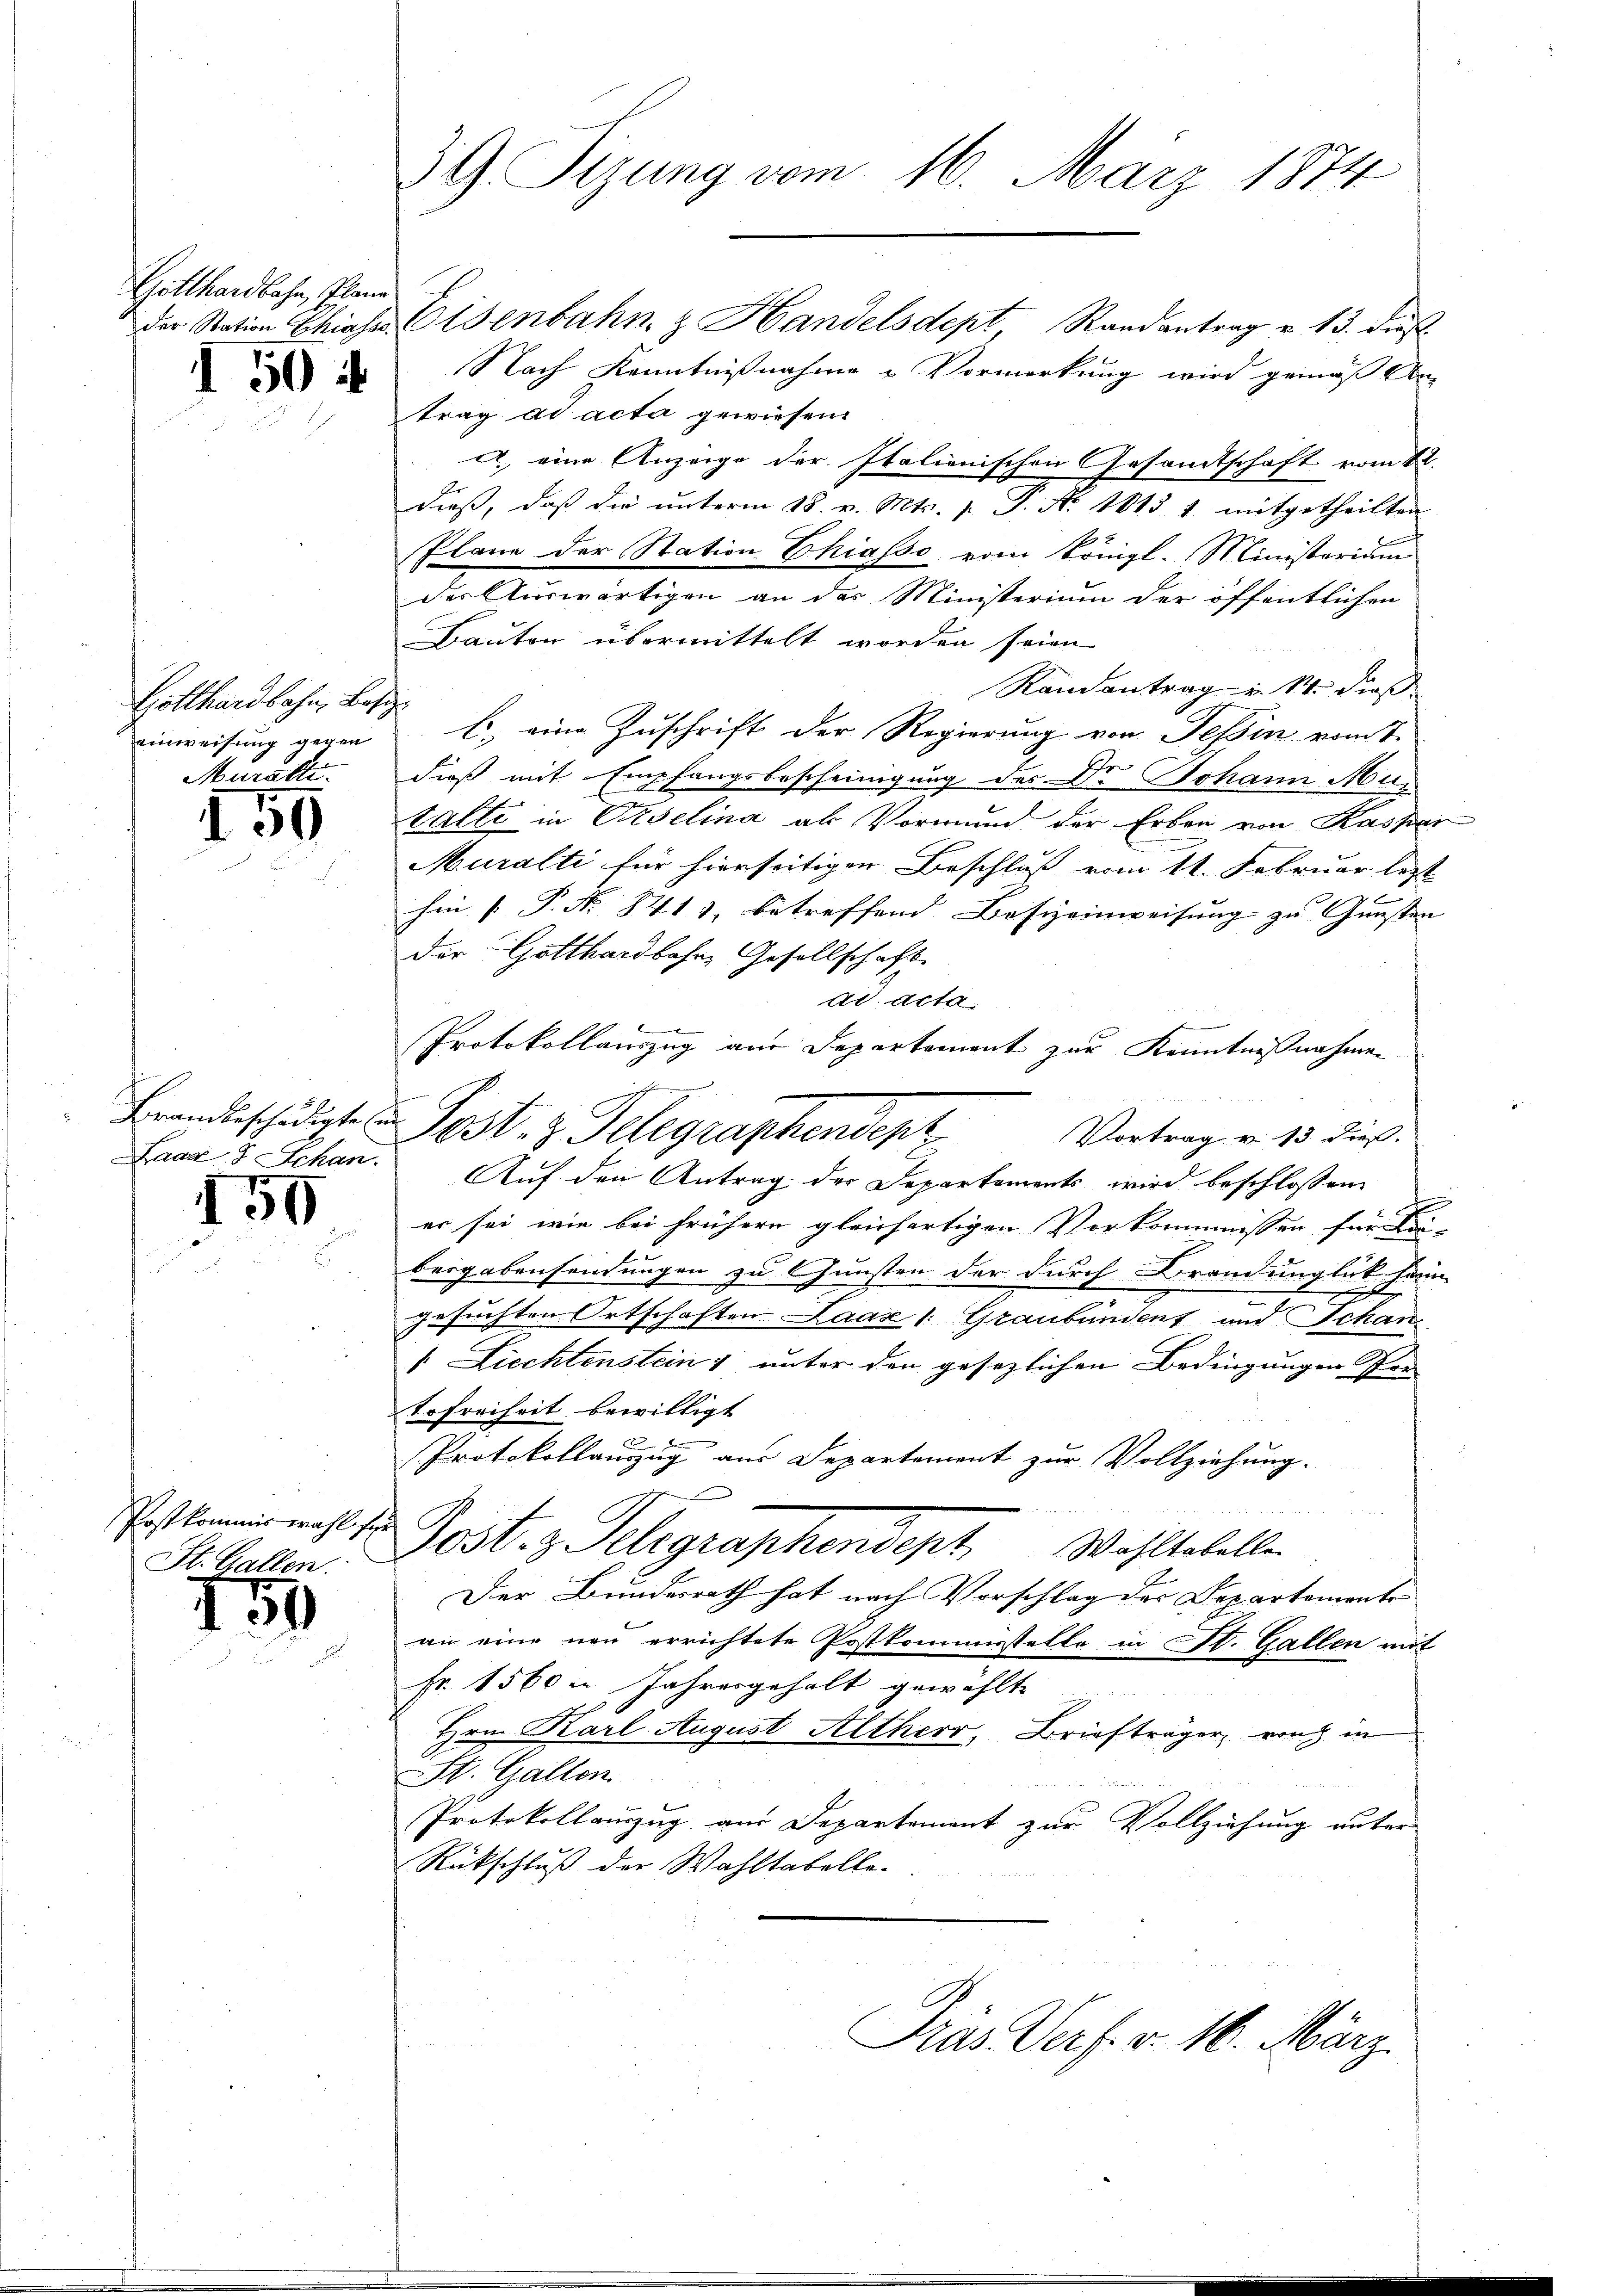
Gotthardbahn, Plane

I 504

Hollhardbahn, Base
einweisung gegen
Muralte.

100

Brandbeschädigte (
Laaz 8 Schan.

150

Postkommiswahlige
St. Gallen.

150

39 Sizung vom 16. März 1874

der Station Chias Eisenbahn & Handelsdept, Randantrag v. 13. dieß
Nach Kenntnißnahme Vormerkung wird gemäß von
trag ad acta gewiesen.
a. eine Anzeige der Italienischen Gesamtschaft vom 12.
dieß, daß die unterm 18. v. Mts. 1. P. Nr. 1815 1 mitgetheilten
Plane der Station Chiasso vom Königl. Ministerium
der Auswärtigen an der Ministerium der öffentlichen
Bauten übermittelt worden seien
Randantrag u. 14. dieß
f
b.) eine Zuschrift der Regierung von Tessin vom 1.
dieß mit Empfangsbescheinigung der Dr Johann Mur
talte in Urselina als Vormund der Erben von Kaspar
Muralti für hierseitiger Beschluss vom 11. Februar letzt
hin P. Nr. 8411, betreffend Besteinweisung zu Gunsten
Der Gotthardbahre Gesellschaft.
dl. Acta.
Protokollauszug am Departement zur Kenntnißnahmen
Auf den Antrag der Departements wird beschlossen
er sei, wie bei frühern gleichartigen Vorkommnissen für bei-
bergebensendungen zu Gunsten der durch Brandunglück sein
gesuchten Ortschaften Laaz /: Graubünden und Schan¬
". Liechtenstein 1 unter den gesezlichen Bedingungen Vor
tofreiheit bewilligt
A
Protokollanzug aus Departement zur Vollziehung.
e
i
Post z. Telegraphendept. Wohltabelle
Der Bundesrath hat nach Vorschlag der Departements
an eine neu errichtete Postkommisstelle in St. Gallen mit
Fr. 1560 m Jahresgehalt gewählte
Hrn. Karl August Altherr, Briefträger auch in
St. Gallen.
Protokollauszug aus Departement zur Vollziehung unter-
Rückschluß der Wahltabelle-
Dias Verf. v. 16. März.

Post. z. Telegraphenden Vertrag v. 13. dies